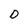
Character: D